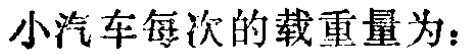
小汽车每次的载重量为：